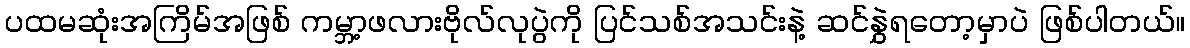
ပထမဆုံးအကြိမ်အဖြစ် ကမ္ဘာ့ဖလားဗိုလ်လုပွဲကို ပြင်သစ်အသင်းနဲ့ ဆင်နွှဲရတော့မှာပဲ ဖြစ်ပါတယ်။